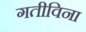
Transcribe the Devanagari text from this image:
गतीविना